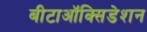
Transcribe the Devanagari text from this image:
बीटाऑक्सिडेशन